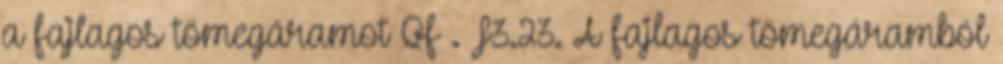
a fajlagos tömegáramot Qf . F3.23. A fajlagos tömegáramból